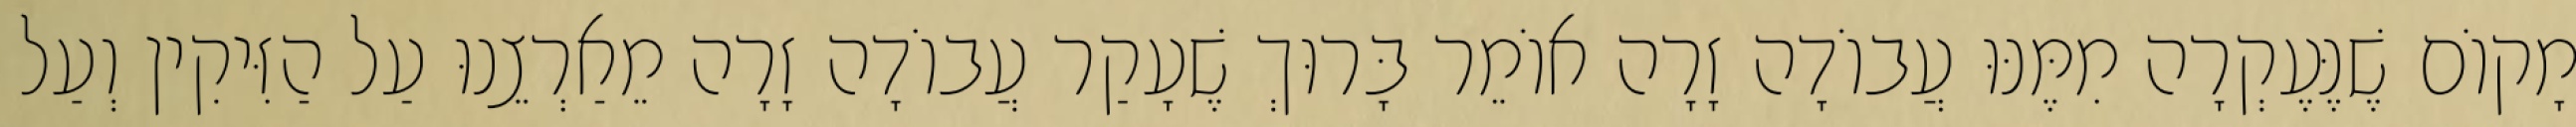
מָקוֹם שֶׁנֶּעֶקְרָה מִמֶּנּוּ עֲבוֹדָה זָרָה אוֹמֵר בָּרוּךְ שֶׁעָקַר עֲבוֹדָה זָרָה מֵאַרְצֵנוּ עַל הַזִּיקִין וְעַל